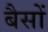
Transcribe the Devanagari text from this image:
बैसों